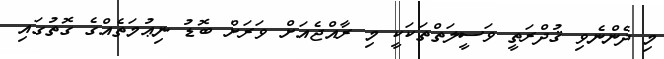
މި ދެންނެވި ޤުދްރަތީ ވަސީލަތްތަކަކީ މި ރާއްޖެއަށް ވަރަށް ބޮޑު ނިޢުމަތެއްގެ ގޮތުގައި